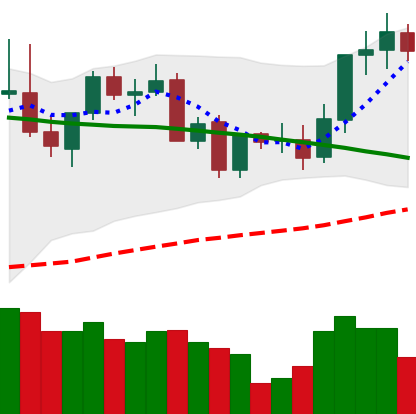
Ticker: LINK-USD
Chart end date: 2021-09-04
Forward return: -6.419%
Label: down_5_7